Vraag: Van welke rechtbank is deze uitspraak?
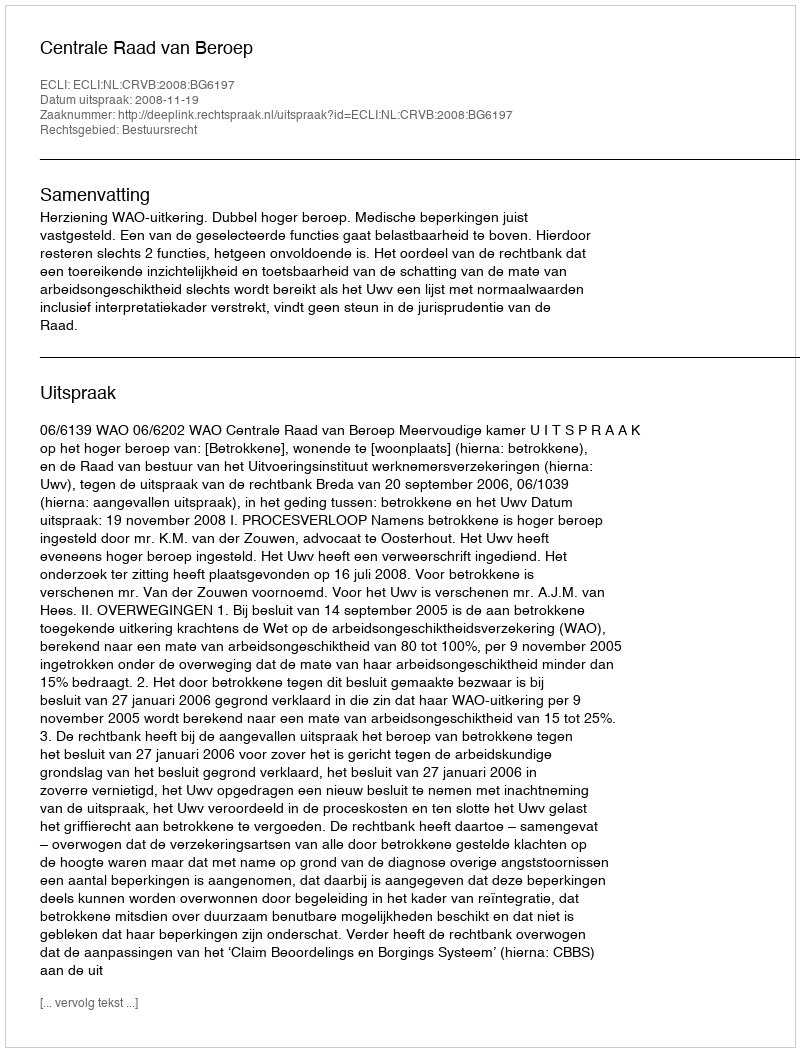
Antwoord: Centrale Raad van Beroep